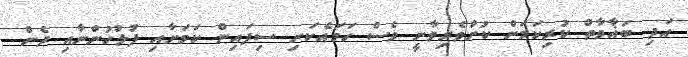
އަދި ބަޣާވާތް ކުރިކަމަށް ކުށްވެރިވާނީ ވެސް ހަމައެކަނި ސިފައިން ކަމަށާއި ފުލުހުންނާއި ދެން